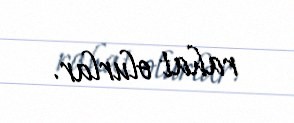
rahat olurlar.